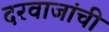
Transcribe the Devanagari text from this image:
दरवाजांची